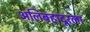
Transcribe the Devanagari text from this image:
अलिबहादूरला